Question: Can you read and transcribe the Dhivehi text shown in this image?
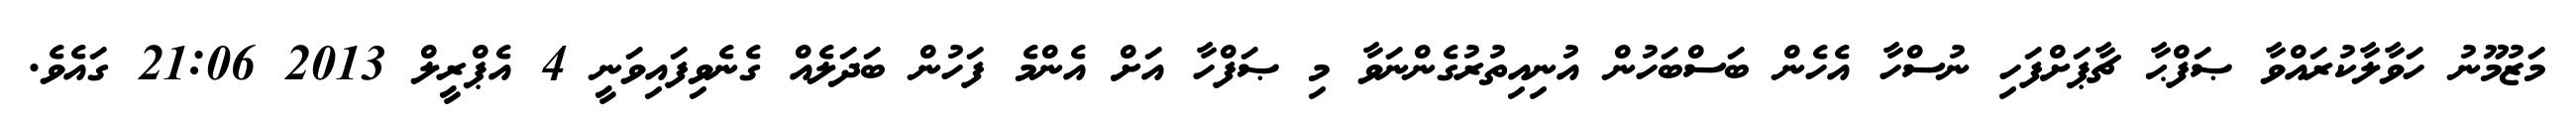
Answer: މަޒުމޫނު ހަވާލާކުރައްވާ ޞަފްޙާ ޗާޕަށްފަހި ނުސްހާ އެހެން ބަސްބަހުން އުނިއިތުރުގެންނަވާ މި ޞަފްހާ އަށް އެންމެ ފަހުން ބަދަލެއް ގެނެވިފައިވަނީ 4 އެޕްރީލް 2013 21:06 ގައެވެ.